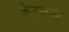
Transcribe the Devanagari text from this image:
केरकस